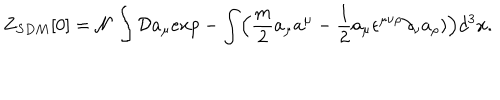
Z _ { S D M } [ 0 ] = { \cal N } \int { \cal D } a _ { \mu } e x p - \int \Bigl ( { \frac { m } { 2 } } a _ { \mu } a ^ { \mu } - { \frac { 1 } { 2 } } a _ { \mu } \epsilon ^ { \mu \nu \rho } \partial _ { \nu } a _ { \rho } ) \Bigr ) d ^ { 3 } x .